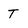
Character: T